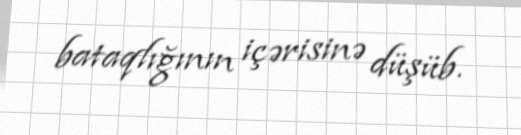
bataqlığının içərisinə düşüb.